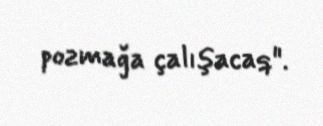
pozmağa çalışacaq".